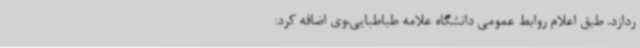
ردازد. طبق اعلام روابط عمومی دانشگاه علامه طباطبایی،وی اضافه کرد: